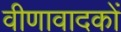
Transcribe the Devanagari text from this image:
वीणावादकों